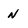
Character: n